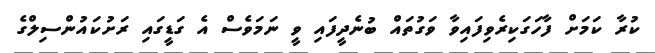
ކުރާ ކަމަށް ފާހަގަކިރެވިފައިވާ ވަގުތައް ބުނެދީފައި ވީ ނަމަވެސް އެ ގަޑީގައި ރަށުކައުންސިލްގެ